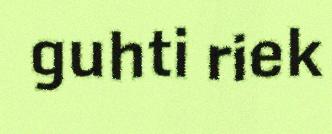
guhti riek